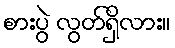
စားပွဲ လွတ်ရှိလား။